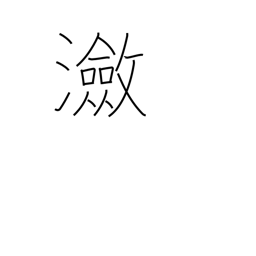
Meaning: rippling